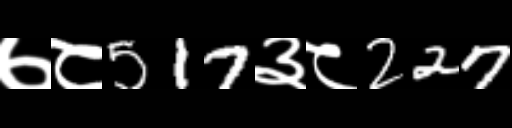
Text: ७८517३८227